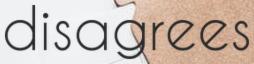
disagrees